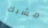
مشبك